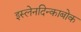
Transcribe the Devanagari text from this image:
इस्लेनदिन्काबोक